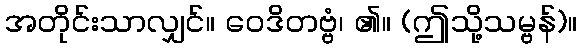
အတိုင်းသာလျှင်။ ဝေဒိတဗ္ဗံ၊ ၏။ (ဤသို့သမ္ဗန်)။